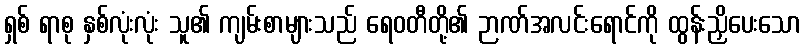
ရှစ် ရာစု နှစ်လုံးလုံး သူ၏ ကျမ်းစာများသည် ရေဝတီတို့၏ ဉာဏ်အလင်းရောင်ကို ထွန်းညှိပေးသော